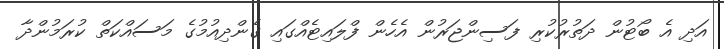
އަދި އެ ބޯޓުން ދަތުރުކުރި ފަސިންޖަރުން އެހެން ފްލައިޓެއްގައި ގެންދިއުމުގެ މަސައްކަތް ކުރަމުންދާ